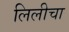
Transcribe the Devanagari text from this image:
लिलीचा